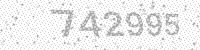
Solution: 742995